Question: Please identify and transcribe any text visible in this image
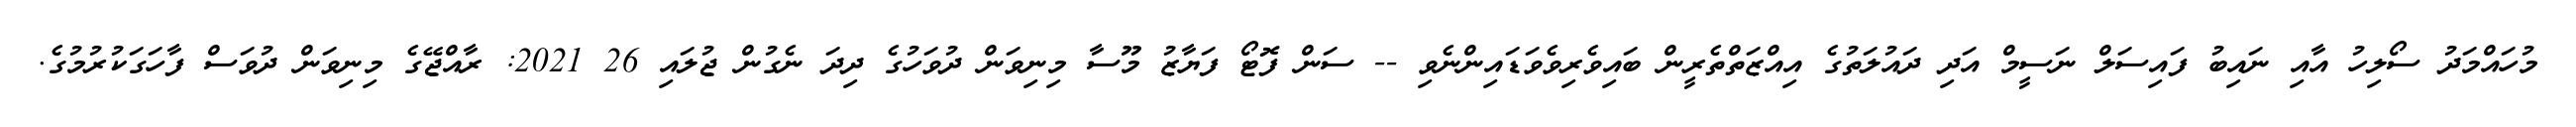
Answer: މުހައްމަދު ސޯލިހު އާއި ނައިބު ފައިސަލް ނަސީމް އަދި ދައުލަތުގެ އިއްޒަތްތެރީން ބައިވެރިވެވަޑައިންނެވި -- ސަން ފޮޓޯ ފަޔާޒު މޫސާ މިނިވަން ދުވަހުގެ ދިދަ ނެގުން ޖުލައި 26 2021: ރާއްޖޭގެ މިނިވަން ދުވަސް ފާހަގަކުރުމުގެ.